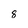
Character: 8